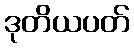
ဒုတိယပတ်